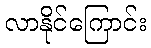
လာနိုင်ကြောင်း